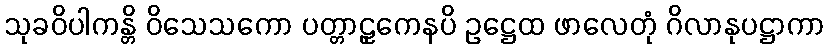
သုခဝိပါကန္တိ ဝိသေသကော ပတ္တာဠှကေနပိ ဥဋ္ဌေထ ဖာလေတုံ ဂိလာနုပဋ္ဌာကာ